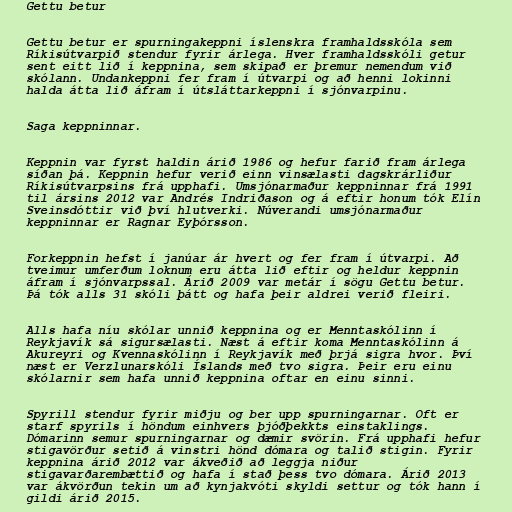
Gettu betur

Gettu betur er spurningakeppni íslenskra framhaldsskóla sem
Ríkisútvarpið stendur fyrir árlega. Hver framhaldsskóli getur
sent eitt lið í keppnina, sem skipað er þremur nemendum við
skólann. Undankeppni fer fram í útvarpi og að henni lokinni
halda átta lið áfram í útsláttarkeppni í sjónvarpinu.

Saga keppninnar.

Keppnin var fyrst haldin árið 1986 og hefur farið fram árlega
síðan þá. Keppnin hefur verið einn vinsælasti dagskrárliður
Ríkisútvarpsins frá upphafi. Umsjónarmaður keppninnar frá 1991
til ársins 2012 var Andrés Indriðason og á eftir honum tók Elín
Sveinsdóttir við því hlutverki. Núverandi umsjónarmaður
keppninnar er Ragnar Eyþórsson.

Forkeppnin hefst í janúar ár hvert og fer fram í útvarpi. Að
tveimur umferðum loknum eru átta lið eftir og heldur keppnin
áfram í sjónvarpssal. Árið 2009 var metár í sögu Gettu betur.
Þá tók alls 31 skóli þátt og hafa þeir aldrei verið fleiri.

Alls hafa níu skólar unnið keppnina og er Menntaskólinn í
Reykjavík sá sigursælasti. Næst á eftir koma Menntaskólinn á
Akureyri og Kvennaskólinn í Reykjavík með þrjá sigra hvor. Því
næst er Verzlunarskóli Íslands með tvo sigra. Þeir eru einu
skólarnir sem hafa unnið keppnina oftar en einu sinni.

Spyrill stendur fyrir miðju og ber upp spurningarnar. Oft er
starf spyrils í höndum einhvers þjóðþekkts einstaklings.
Dómarinn semur spurningarnar og dæmir svörin. Frá upphafi hefur
stigavörður setið á vinstri hönd dómara og talið stigin. Fyrir
keppnina árið 2012 var ákveðið að leggja niður
stigavarðarembættið og hafa í stað þess tvo dómara. Árið 2013
var ákvörðun tekin um að kynjakvóti skyldi settur og tók hann í
gildi árið 2015.